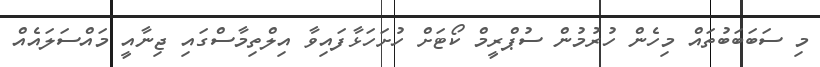
މި ސަބަބަބުތައް މިހެން ހުރުމުން ސުޕްރީމް ކޯޓަށް ހުށަހަޅާފައިވާ އިލްތިމާސްގައި ޖިނާއީ މައްސަލައެއް